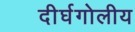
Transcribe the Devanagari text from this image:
दीर्घगोलीय